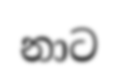
නාට